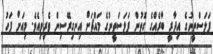
ފަލަސްތީނުގެ އިދާރީ ބާރެއްގެ ގޮތުން ފަލަސްތީނުގެ މައްޗަށް އިނގިރޭސިން ވެރިވިއެވެ. މިއަށް ފަހު